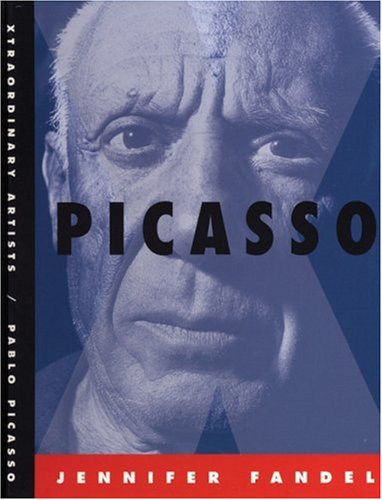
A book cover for Pablo Picasso: Xtraordinary Artists; Jennifer Fandel; Teen & Young Adult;